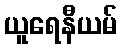
ယူရေနီယမ်